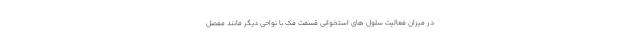
در میزان فعالیت سلول های استخوانی قسمت فک با نواحی دیگر مانند مفصل